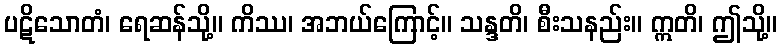
ပဋိသောတံ၊ ရေဆန်သို့။ ကိဿ၊ အဘယ်ကြောင့်။ သန္ဒတိ၊ စီးသနည်း။ ဣတိ၊ ဤသို့။